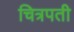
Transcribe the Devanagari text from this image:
चित्रपती